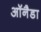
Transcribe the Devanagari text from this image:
ऑनैडा